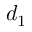
d _ { 1 }